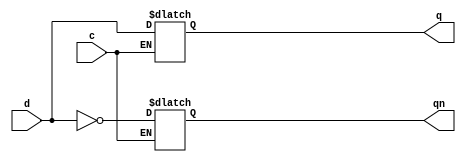
module D_latch(d,c,q,qn);
input d,c;
output reg q;
output reg qn;
always @ (d or c)
	if (c) {q,qn} <= {d,~d};
endmodule

module D_flip_flop_tb;
reg d=0; // NEITHER input reg d=0; NOR input reg d;
reg clr=1; // NEITHER input reg clr=0; NOR input reg clr;
reg clk=0; // NEITHER input reg clk=0; NOR input reg clk;
wire q,qn; // NOT output q,qn;
integer i;
D_latch UUT(.d(d), .c(clk), .q(q), .qn(qn));
initial begin
for (i=0;i<20;i=i+1) begin
clk=~clk;
if(i>3 & i<10) d=1;
if(i==15) clr=0;
#10;
end
end
endmodule